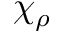
\chi _ { \rho }